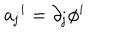
{ a _ { \bf { j } } } ^ { i } = \partial _ { \bf { j } } \phi ^ { i }